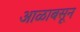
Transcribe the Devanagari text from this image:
आळाबसून